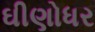
ઘીણોધર